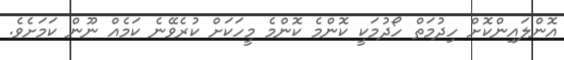
އޮންލައިންކޮށް ހިދުމަތް ހޯދުމަކީ ކޮންމެ ކޮންމެ މީހަކަށް ކުރެވޭނެ ކަމެއް ނޫން ކަމަށެވެ.